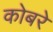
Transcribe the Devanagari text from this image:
कोबरे